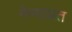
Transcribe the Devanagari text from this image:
नेण्याप्रत